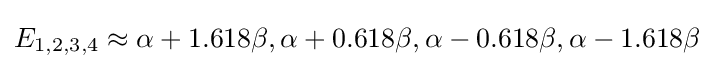
E_{1,2,3,4}\approx \alpha +1.618\beta ,\alpha +0.618\beta ,\alpha -0.618\beta ,\alpha -1.618\beta